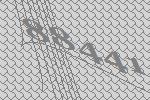
88441